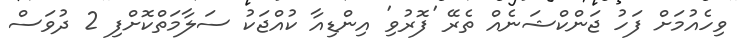
ވިހެއުމަށް ފަހު ޖަންކްޝަނެއް ތެރޭ 'ފޮރުވި' އިންޑިއާ ކުއްޖަކު ސަލާމަތްކޮށްފި 2 ދުވަސް